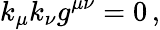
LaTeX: k_{\mu}k_{\nu}g^{\mu\nu}=0\, ,